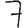
Digit: 7